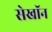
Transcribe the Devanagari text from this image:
सेखॉन